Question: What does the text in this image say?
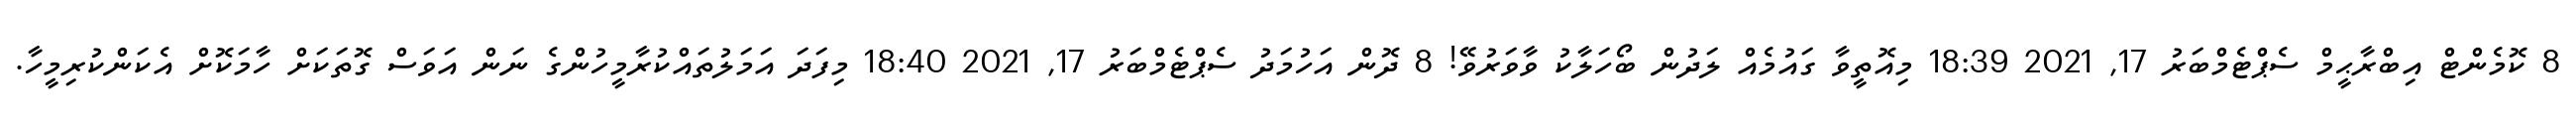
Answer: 8 ކޮމެންޓް އިބްރާޙީމް ސެޕްޓެމްބަރު 17, 2021 18:39 މިއޮތީވާ ގައުމެއް ލަދުން ބޯހަލާކު ވާވަރުވޭ! 8 ދޮން އަހުމަދު ސެޕްޓެމްބަރު 17, 2021 18:40 މިފަދަ އަމަލުތައްކުރާމީހުންގެ ނަން އަވަސް ގޮތަކަށް ހާމަކޮށް އެކަންކުރިމީހާ.